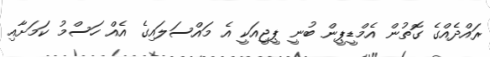
ރައްދެއްގެ ގޮތުން އެމްޑީޕީން ބުނީ ޕީޖީއަކީ އެ މައްސަލައިގެ އެއް ހަސްމު ކަމަށާއި